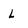
Character: L